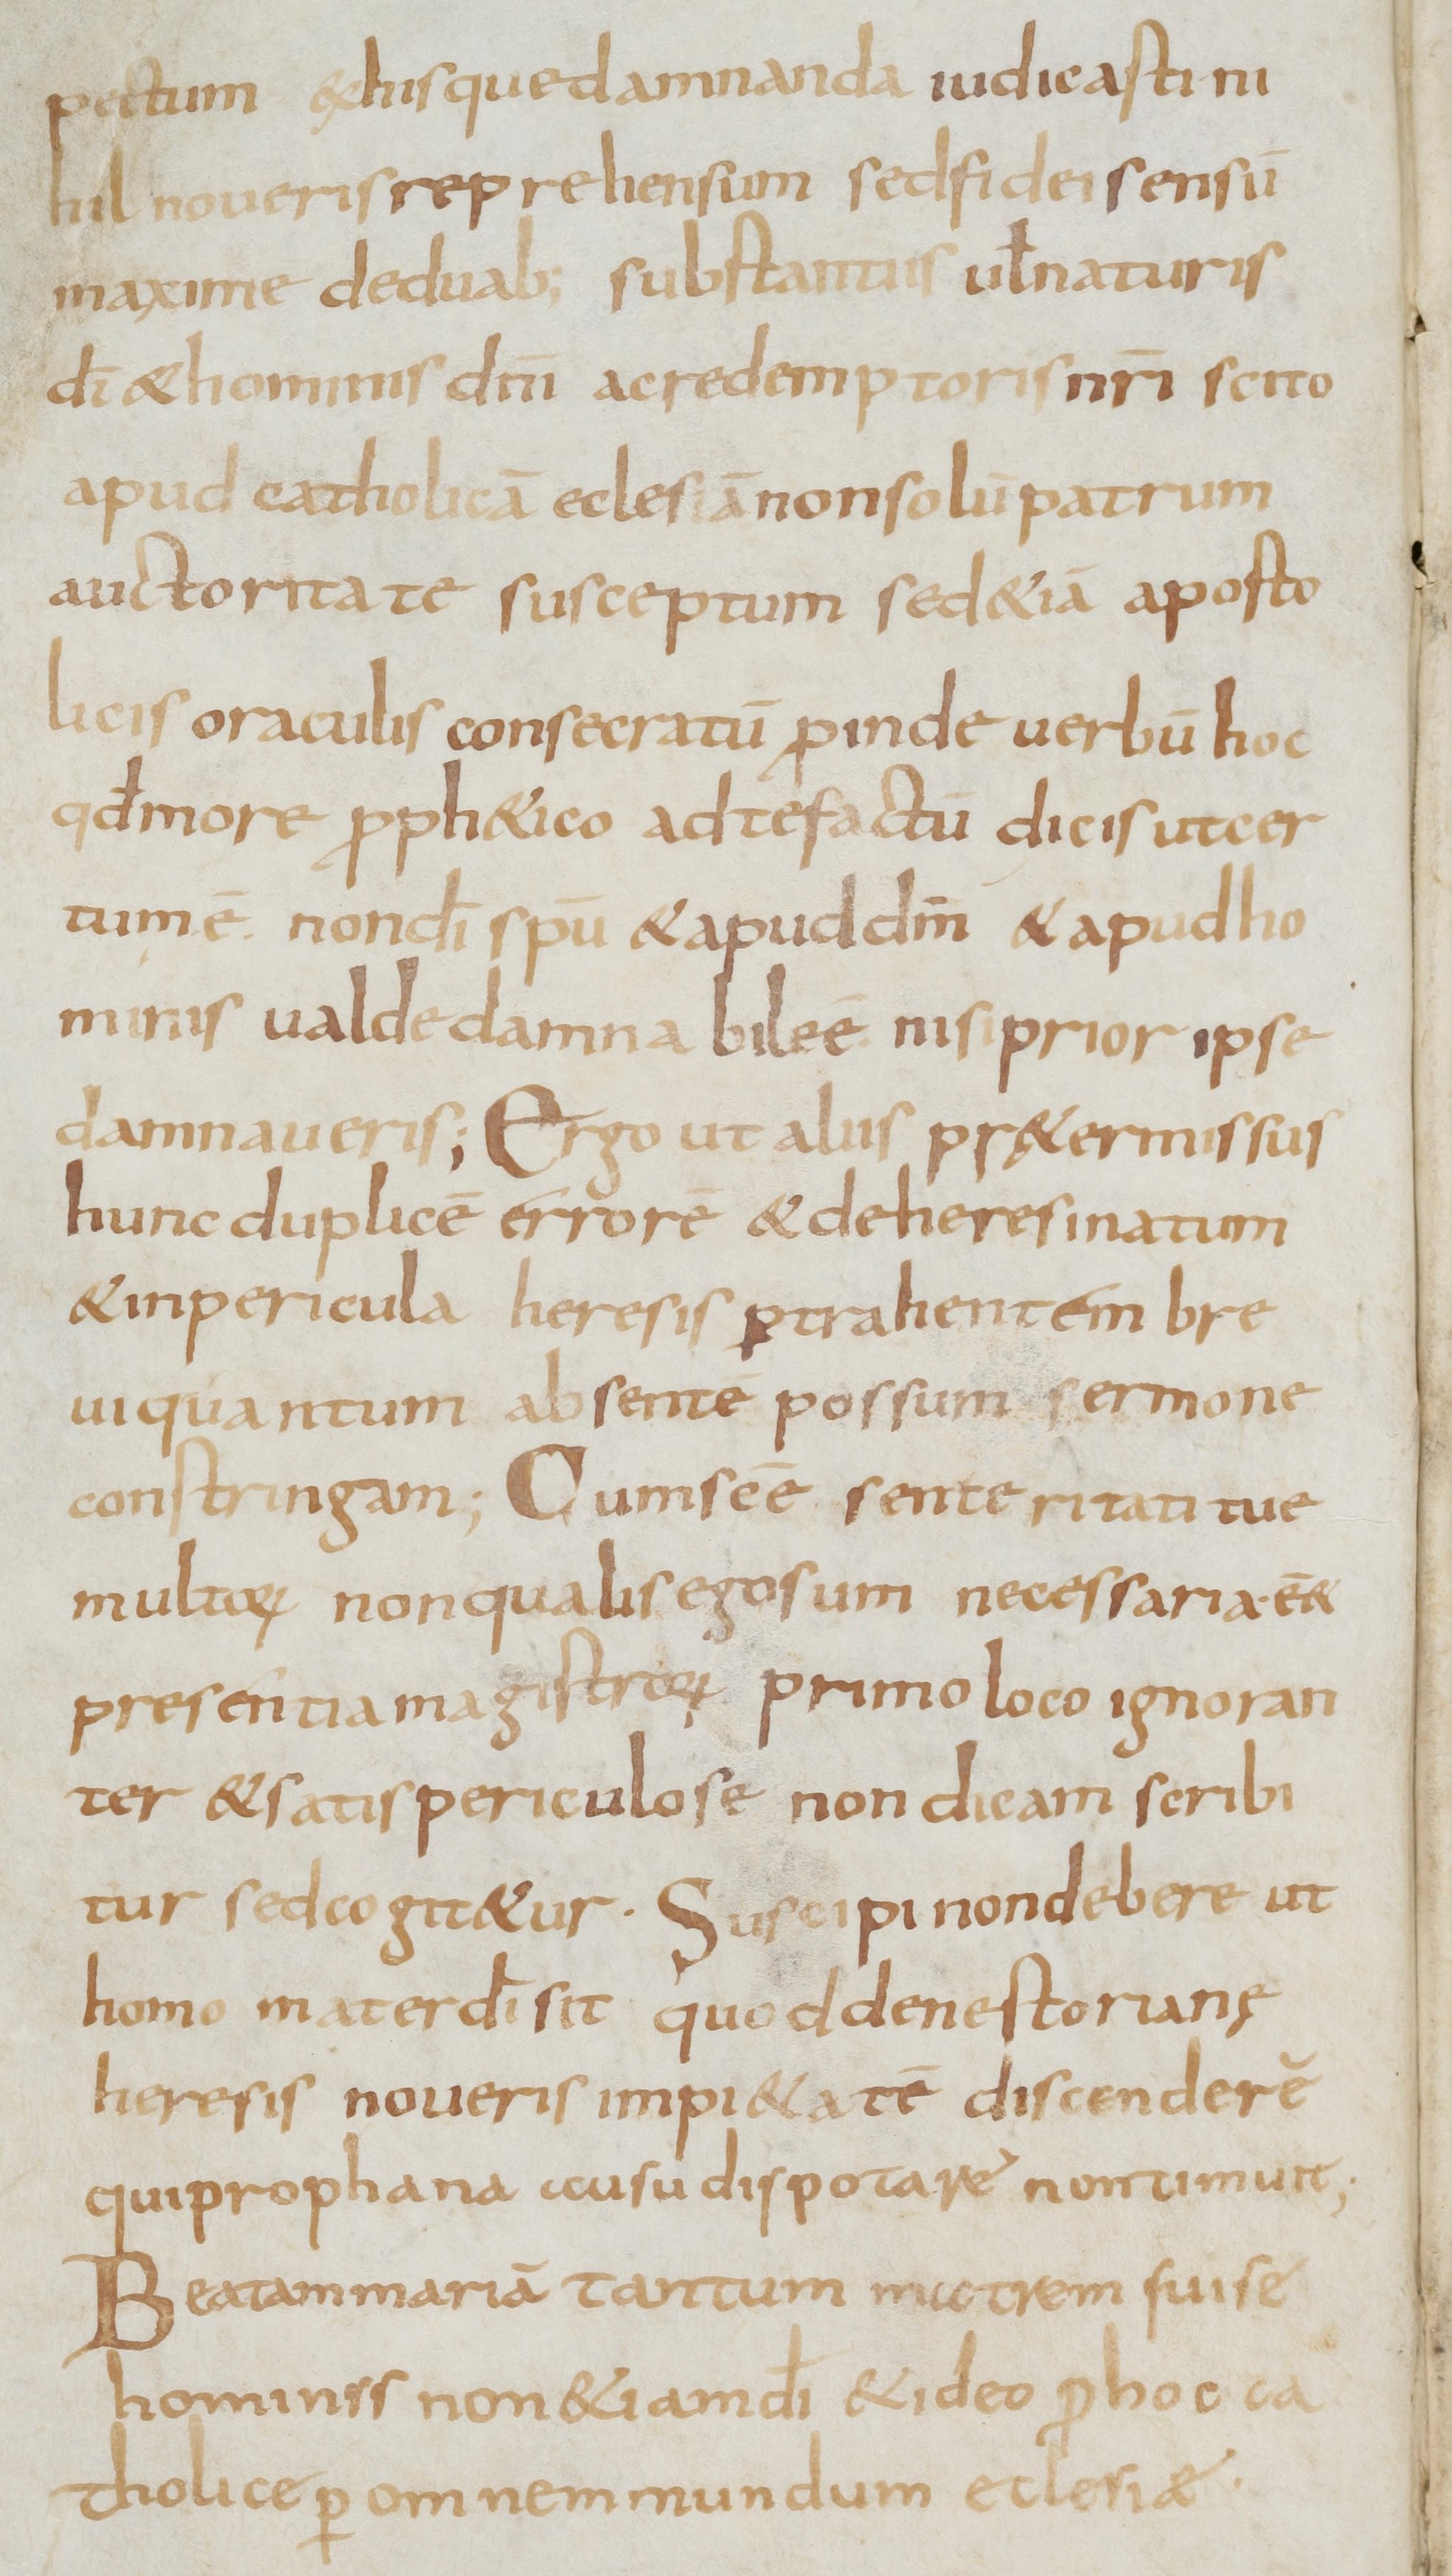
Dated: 800–899